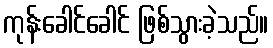
ကုန်းခေါင်ခေါင် ဖြစ်သွားခဲ့သည်။